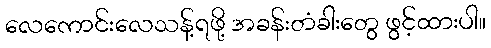
လေကောင်းလေသန့်ရဖို့ အခန်းတံခါးတွေ ဖွင့်ထားပါ။